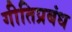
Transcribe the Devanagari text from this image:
गीतिप्रबंध